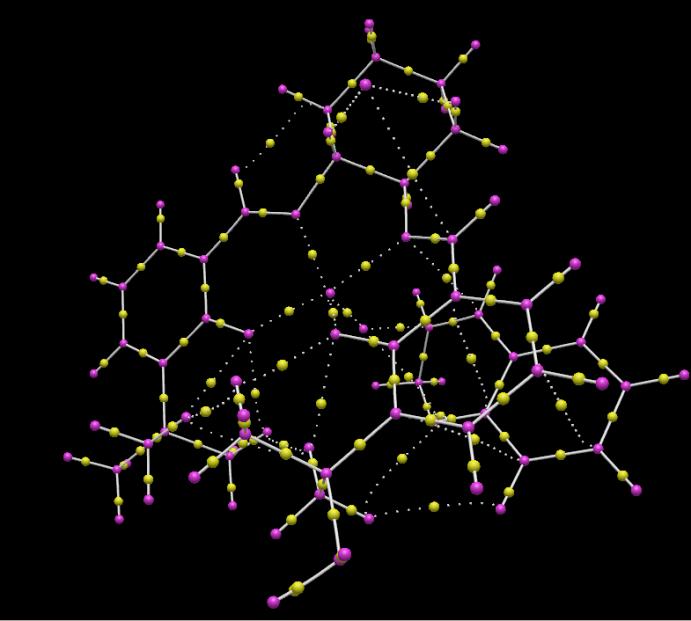
avogadro, QTAIM